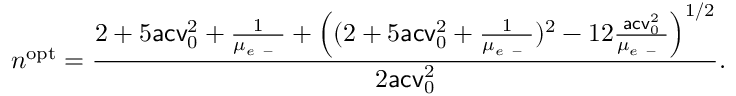
n ^ { \mathrm { o p t } } = \frac { 2 + 5 \mathsf { a c v } _ { 0 } ^ { 2 } + \frac { 1 } { \mu _ { e \mathrm { ~ - ~ } } } + \left( ( 2 + 5 \mathsf { a c v } _ { 0 } ^ { 2 } + \frac { 1 } { \mu _ { e \mathrm { ~ - ~ } } } ) ^ { 2 } - 1 2 \frac { \mathsf { a c v } _ { 0 } ^ { 2 } } { \mu _ { e \mathrm { ~ - ~ } } } \right) ^ { 1 / 2 } } { 2 \mathsf { a c v } _ { 0 } ^ { 2 } } .